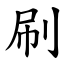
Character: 刷